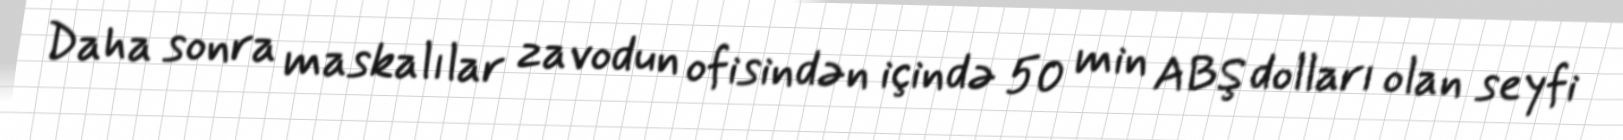
Daha sonra maskalılar zavodun ofisindən içində 50 min ABŞ dolları olan seyfi